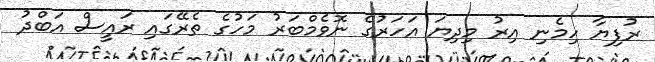
ރުފިޔާ ހިމެނި އިރު މިދިޔަ އަހަރުގެ ނޮވެމްބަރު މަހުގެ ތެރޭގައި ރައީސް އަބްދު